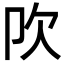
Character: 𣢀